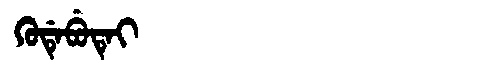
Manchu: ᡴᡠᡩᡝᠪᡠᡨᡝᡳ
Romanization: KUDEBUTEI